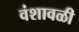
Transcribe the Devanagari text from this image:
वंशावळी